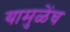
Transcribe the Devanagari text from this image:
यामुळेंच